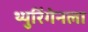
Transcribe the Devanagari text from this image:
थ्युरिंगेनला